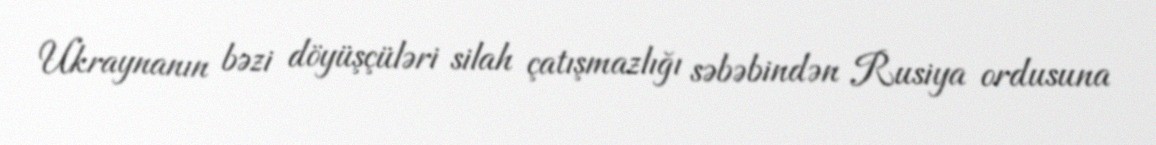
Ukraynanın bəzi döyüşçüləri silah çatışmazlığı səbəbindən Rusiya ordusuna